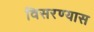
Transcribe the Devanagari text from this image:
विसरण्यास